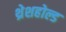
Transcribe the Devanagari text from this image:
थ्रेशहोल्ड